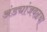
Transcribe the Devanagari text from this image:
अंड्यांजवळचा